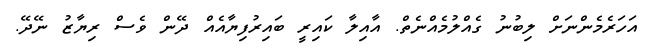
އަހަރެމެންނަށް ލިބުނު ގެއްލުމެއްނެތް. އާއިލާ ކައިރީ ބައިރުފިޔާއެއް ދޭން ވެސް ރިޔާޒު ނޭދޭ.